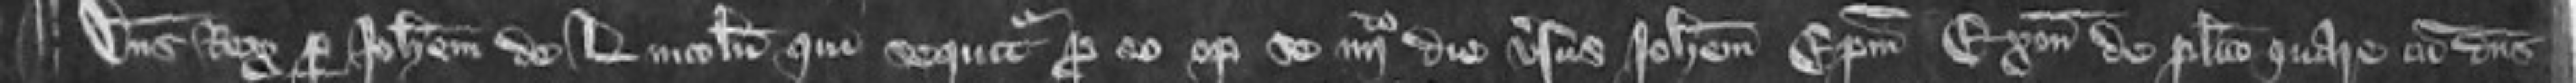
¶Dominus rex per Johannem de Lincoln qui sequitur pro eo optulit se quarto die versus Johannem Episcopum Exonie de placito quare cum dominus